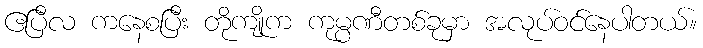
ဧပြီလ ကနေစပြီး တိုကျိုက ကုမ္ပဏီတစ်ခုမှာ အလုပ်ဝင်နေပါတယ်။